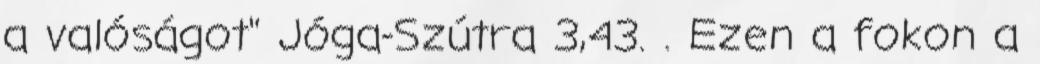
a valóságot" Jóga-Szútra 3,43. . Ezen a fokon a